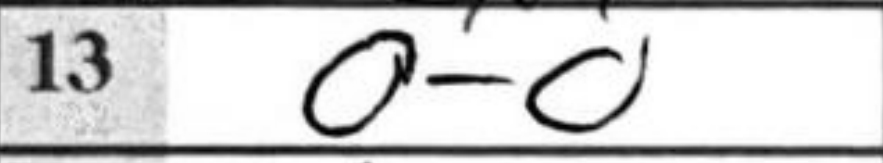
Transcription: O-O